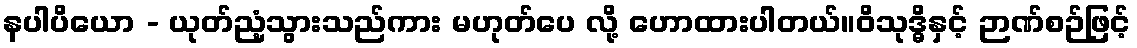
နပါပိယော - ယုတ်ညံ့သွားသည်ကား မဟုတ်ပေ လို့ ဟောထားပါတယ်။ဝိသုဒ္ဓိနှင့် ဉာဏ်စဉ်ဖြင့်